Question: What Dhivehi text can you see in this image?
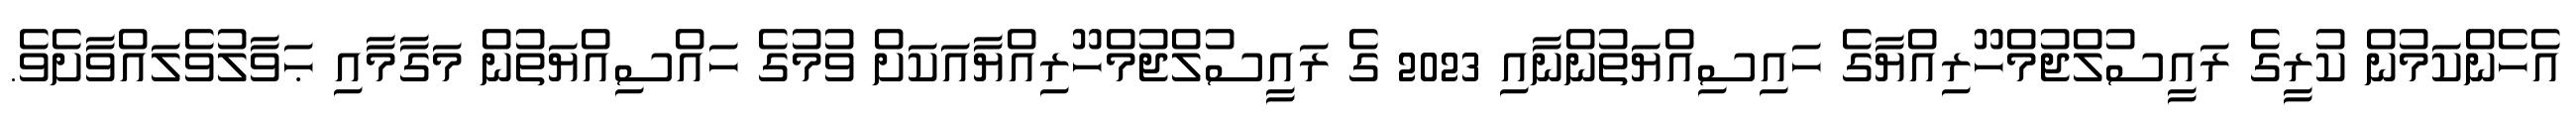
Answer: އެހެންކަމުން ކުރީގެ ރައީސުލްޖުމްހޫރިއްޔާގެ ހައިސިއްޔަތުންނާއި 2023 ގެ ރައީސުލްޖުމްހޫރިއްޔާއަކަށް ވުމުގެ ހައްސިއްޔަތުން މަގާމާއި ޙަވާލުވެލައްވާށެވެ.